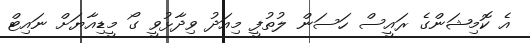
އެ ކޮމިޝަންގެ ރައީސް ހަސަން ލުތުފީ މިއަދު ވިދާޅުވީ ގޯ މީޑިއާޔަށް ނައިޓް